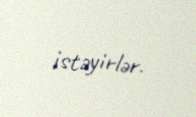
istəyirlər.